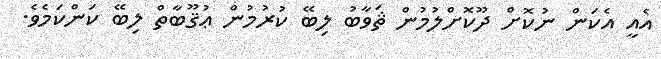
އެއީ އެކަން ނުކޮށް ދޫކޮށްލުމުން ޘަވާބު ލިބޭ ކުރުމުން ޢުޤޫބާތް ލިބޭ ކަންކަމެވެ.